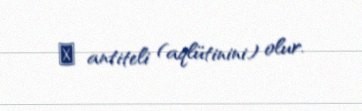
β antiteli (aqlütinini) olur.